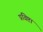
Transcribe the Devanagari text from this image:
प्रविष्टा